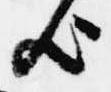
歟